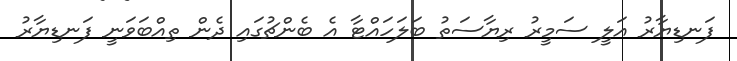
ފަނޑިޔާރު އަލީ ސަމީރު ރިޔާސަތު ބަލަހައްޓާ އެ ބެންޗުގައި ދެން ތިއްބަވަނީ ފަނޑިޔާރު